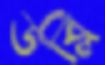
ডব্লি